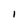
Character: i